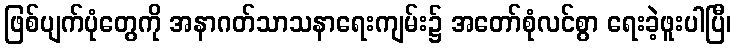
ဖြစ်ပျက်ပုံတွေကို အနာဂတ်သာသနာရေးကျမ်း၌ အတော်စုံလင်စွာ ရေးခဲ့ဖူးပါပြီ၊